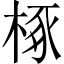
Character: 椓